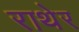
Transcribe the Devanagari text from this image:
राथेर